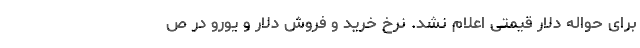
برای حواله دلار قیمتی اعلام نشد. نرخ خرید و فروش دلار و یورو در ص